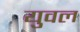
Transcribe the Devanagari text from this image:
युवल